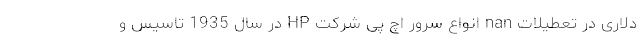
دلاری در تعطیلات nan انواع سرور اچ پی شرکت HP در سال 1935 تاسیس و